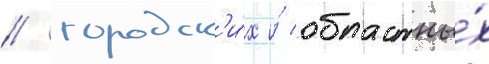
/ городск'и́х и́ областны́х